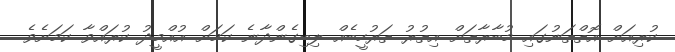
ކުރިއަށް އޮތްތަނުގައި މުބާރާތަށް އިތުރު ތަރުހީބެއް ލިބިގެންދާނެ ކަމަށް އުއްމީދު ކުރައްވާ ކަމަށެވެ.